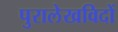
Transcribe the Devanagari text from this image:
पुरालेखविदों